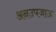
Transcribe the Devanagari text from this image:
अनउपजाऊ